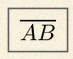
\overline{AB}